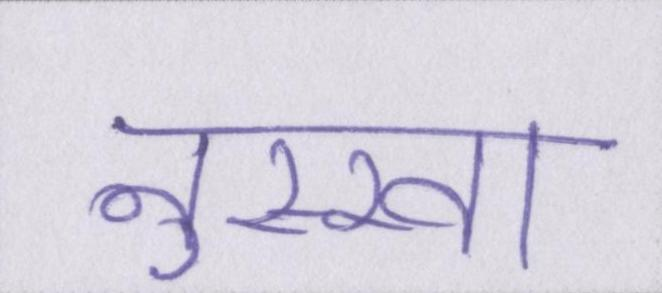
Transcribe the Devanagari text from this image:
नुस्खा